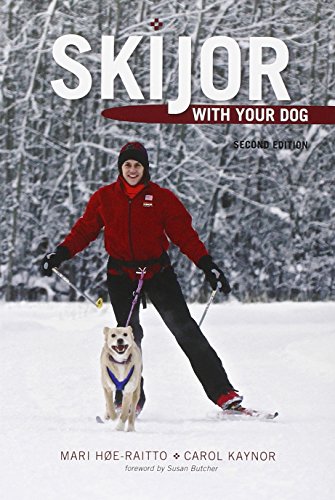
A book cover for Skijor with Your Dog: Second Edition; Mari HÃ¸e-Raitto; Sports & Outdoors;